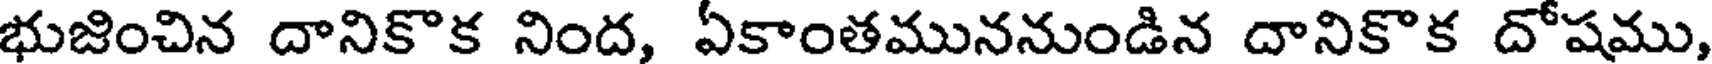
భుజించిన దానికొక నింద, ఏకాంతముననుండిన దానికొక దోషము,